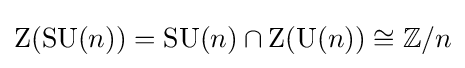
\mathrm {Z} (\mathrm {SU} (n))=\mathrm {SU} (n)\cap \mathrm {Z} (\mathrm {U} (n))\cong \mathbb {Z} /n